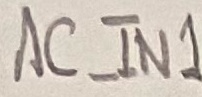
Text: AC_IN1